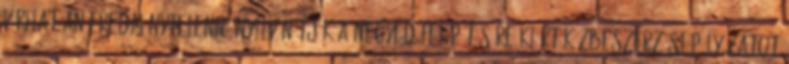
várhatóan eredménytelenné nyilvánítják a negyed felépítésére kiírt közbeszerzési pályázatot